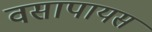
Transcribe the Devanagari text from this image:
वसापायस